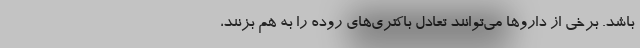
باشد. برخی از داروها می‌توانند تعادل باکتری‌های روده را به هم بزنند،